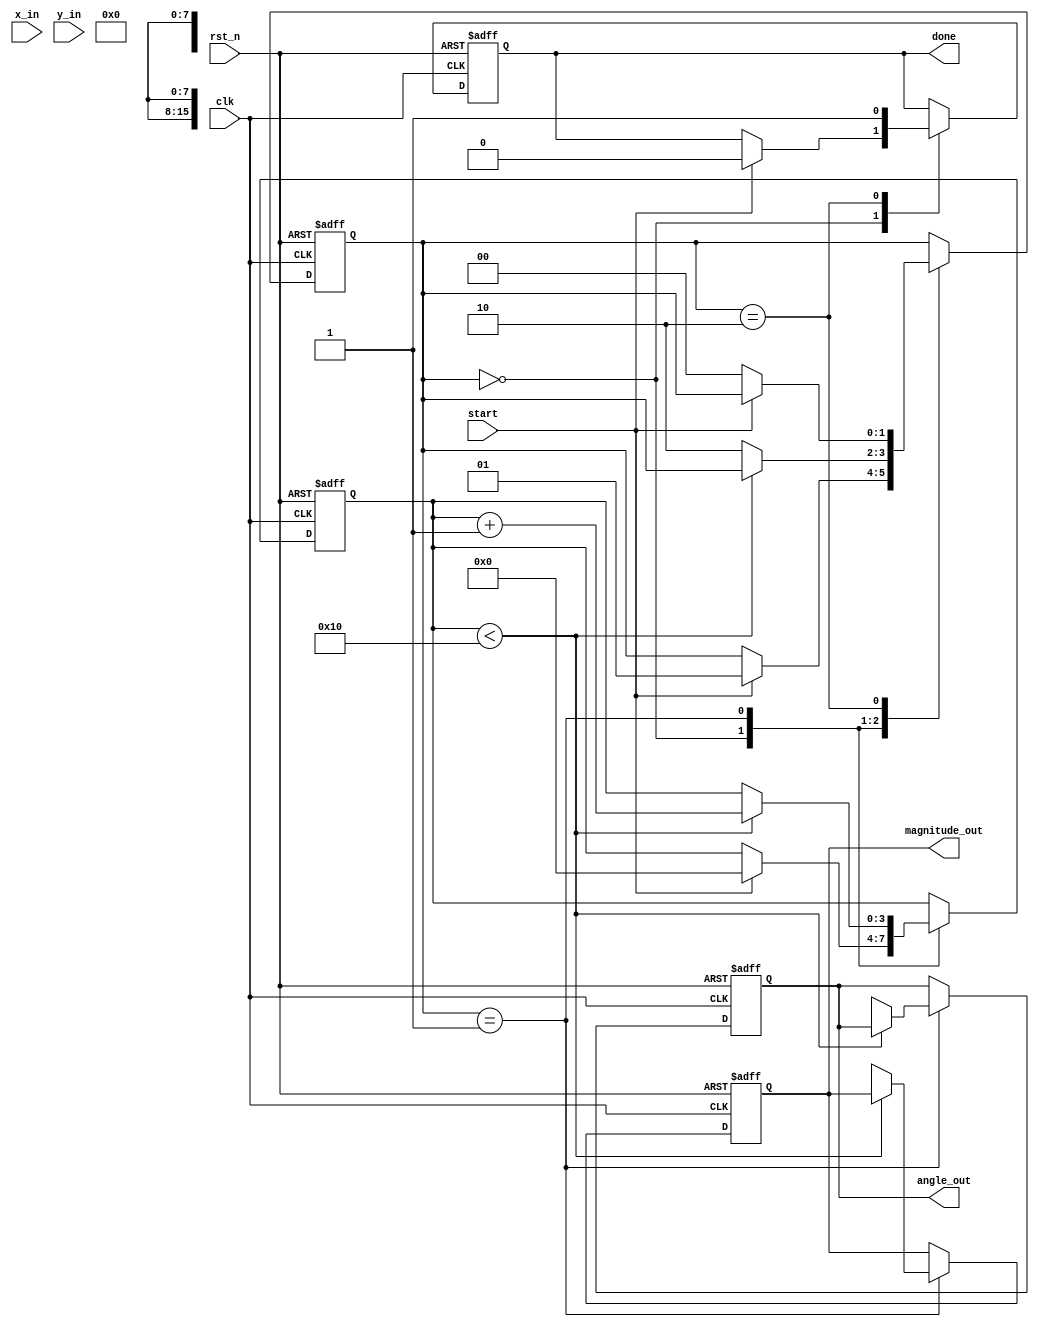
module vectoring_cordic(
    input wire clk,
    input wire rst_n, // Active-low reset
    input wire start, // Start signal for the operation
    input wire signed [15:0] x_in, // Input x coordinate
    input wire signed [15:0] y_in, // Input y coordinate
    output reg signed [15:0] angle_out, // Output angle
    output reg signed [15:0] magnitude_out, // Output magnitude
    output reg done // Done signal
);

    // Parameters
    parameter NUM_ITERATIONS = 16; // Number of CORDIC iterations
    parameter K_CONST = 16'h1A0B; // Scaling factor (fixed-point)

    // Internal registers
    reg signed [15:0] x_reg [0:NUM_ITERATIONS-1]; // x registers
    reg signed [15:0] y_reg [0:NUM_ITERATIONS-1]; // y registers
    reg signed [15:0] angle_reg [0:NUM_ITERATIONS-1]; // angle registers
    reg [3:0] iteration; // Iteration counter
    reg signed [15:0] arctan_table [0:NUM_ITERATIONS-1]; // Arctan lookup table
    reg [1:0] state; // State machine for control

    // State encoding
    localparam IDLE = 2'b00, RUN = 2'b01, DONE = 2'b10;

    // Initialize arctan lookup table
    initial begin
        arctan_table[0] = 16'h2000; // atan(1) in fixed point
        arctan_table[1] = 16'h1000; // atan(0.5)
        arctan_table[2] = 16'h0800; // atan(0.25)
        arctan_table[3] = 16'h0400; // atan(0.125)
        // ... Fill in remaining values as needed
        arctan_table[NUM_ITERATIONS-1] = 0; // Last entry is 0
    end

    // Control unit
    always @(posedge clk or negedge rst_n) begin
        if (!rst_n) begin
            iteration <= 0;
            state <= IDLE;
            done <= 0;
            angle_out <= 0;
            magnitude_out <= 0;
        end else begin
            case (state)
                IDLE: begin
                    if (start) begin
                        x_reg[0] <= x_in;
                        y_reg[0] <= y_in;
                        angle_reg[0] <= 0;
                        iteration <= 0;
                        state <= RUN;
                        done <= 0;
                    end
                end
                RUN: begin
                    if (iteration < NUM_ITERATIONS) begin
                        // CORDIC rotation logic
                        if (y_reg[iteration] < 0) begin
                            x_reg[iteration + 1] <= x_reg[iteration] + (y_reg[iteration] >>> iteration);
                            y_reg[iteration + 1] <= y_reg[iteration] - (x_reg[iteration] >>> iteration);
                            angle_reg[iteration + 1] <= angle_reg[iteration] - arctan_table[iteration];
                        end else begin
                            x_reg[iteration + 1] <= x_reg[iteration] - (y_reg[iteration] >>> iteration);
                            y_reg[iteration + 1] <= y_reg[iteration] + (x_reg[iteration] >>> iteration);
                            angle_reg[iteration + 1] <= angle_reg[iteration] + arctan_table[iteration];
                        end
                        iteration <= iteration + 1;
                    end else begin
                        // Final output
                        angle_out <= angle_reg[NUM_ITERATIONS];
                        magnitude_out <= (x_reg[NUM_ITERATIONS] * x_reg[NUM_ITERATIONS] + y_reg[NUM_ITERATIONS] * y_reg[NUM_ITERATIONS]) >>> 8; // Scale magnitude
                        state <= DONE;
                    end
                end
                DONE: begin
                    done <= 1; // Signal that the operation is complete
                    if (!start) begin
                        state <= IDLE; // Reset state on start signal low
                    end
                end
            endcase
        end
    end
endmodule